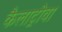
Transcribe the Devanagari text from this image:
कैलाट्रोवा